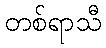
တစ်ရာသီ